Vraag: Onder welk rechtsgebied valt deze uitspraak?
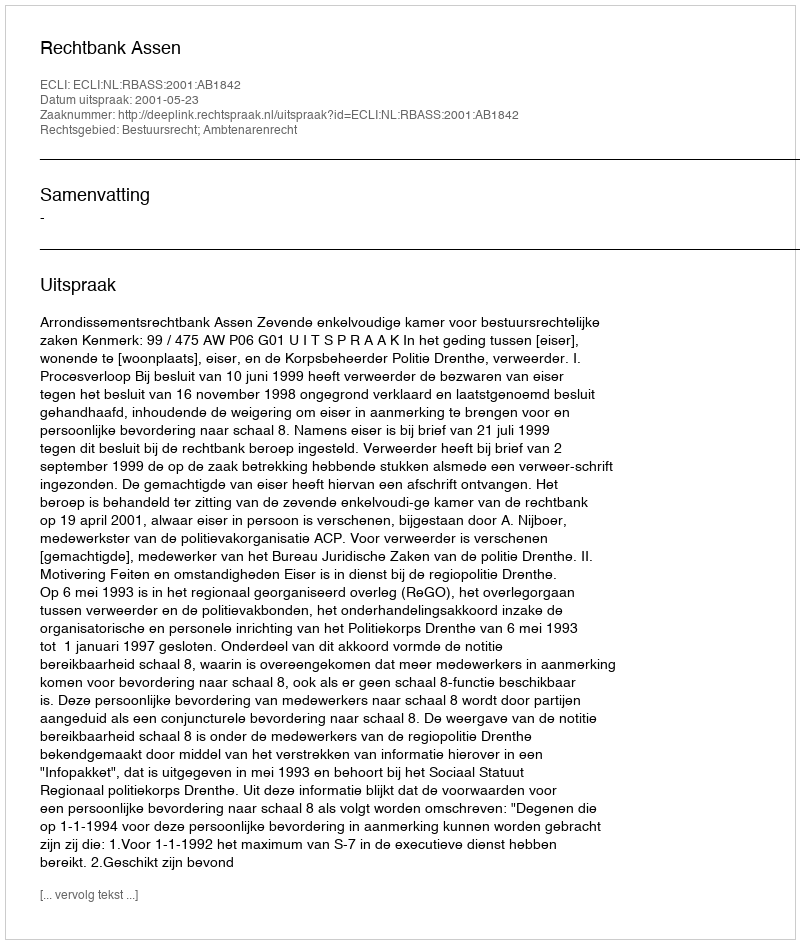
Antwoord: Bestuursrecht; Ambtenarenrecht